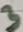
Text: 3